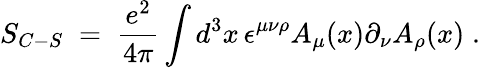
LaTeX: S_{C-S}\; =\; \frac{e^{2}}{4\pi}\int d^{3}x\, \epsilon^{\mu\nu\rho}A_{\mu}(x)\partial_{\nu}A_{\rho}(x)\; .